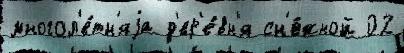
многол'е́тн'яjа д'ер'е́вн'я сн'е́жной 02